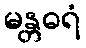
မန္တဓရံ